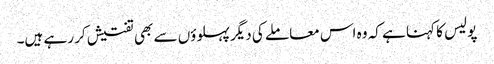
پولیس کا کہنا ہے کہ وہ اس معاملے کی دیگر پہلوؤں سے بھی تفتیش کر رہے ہیں۔